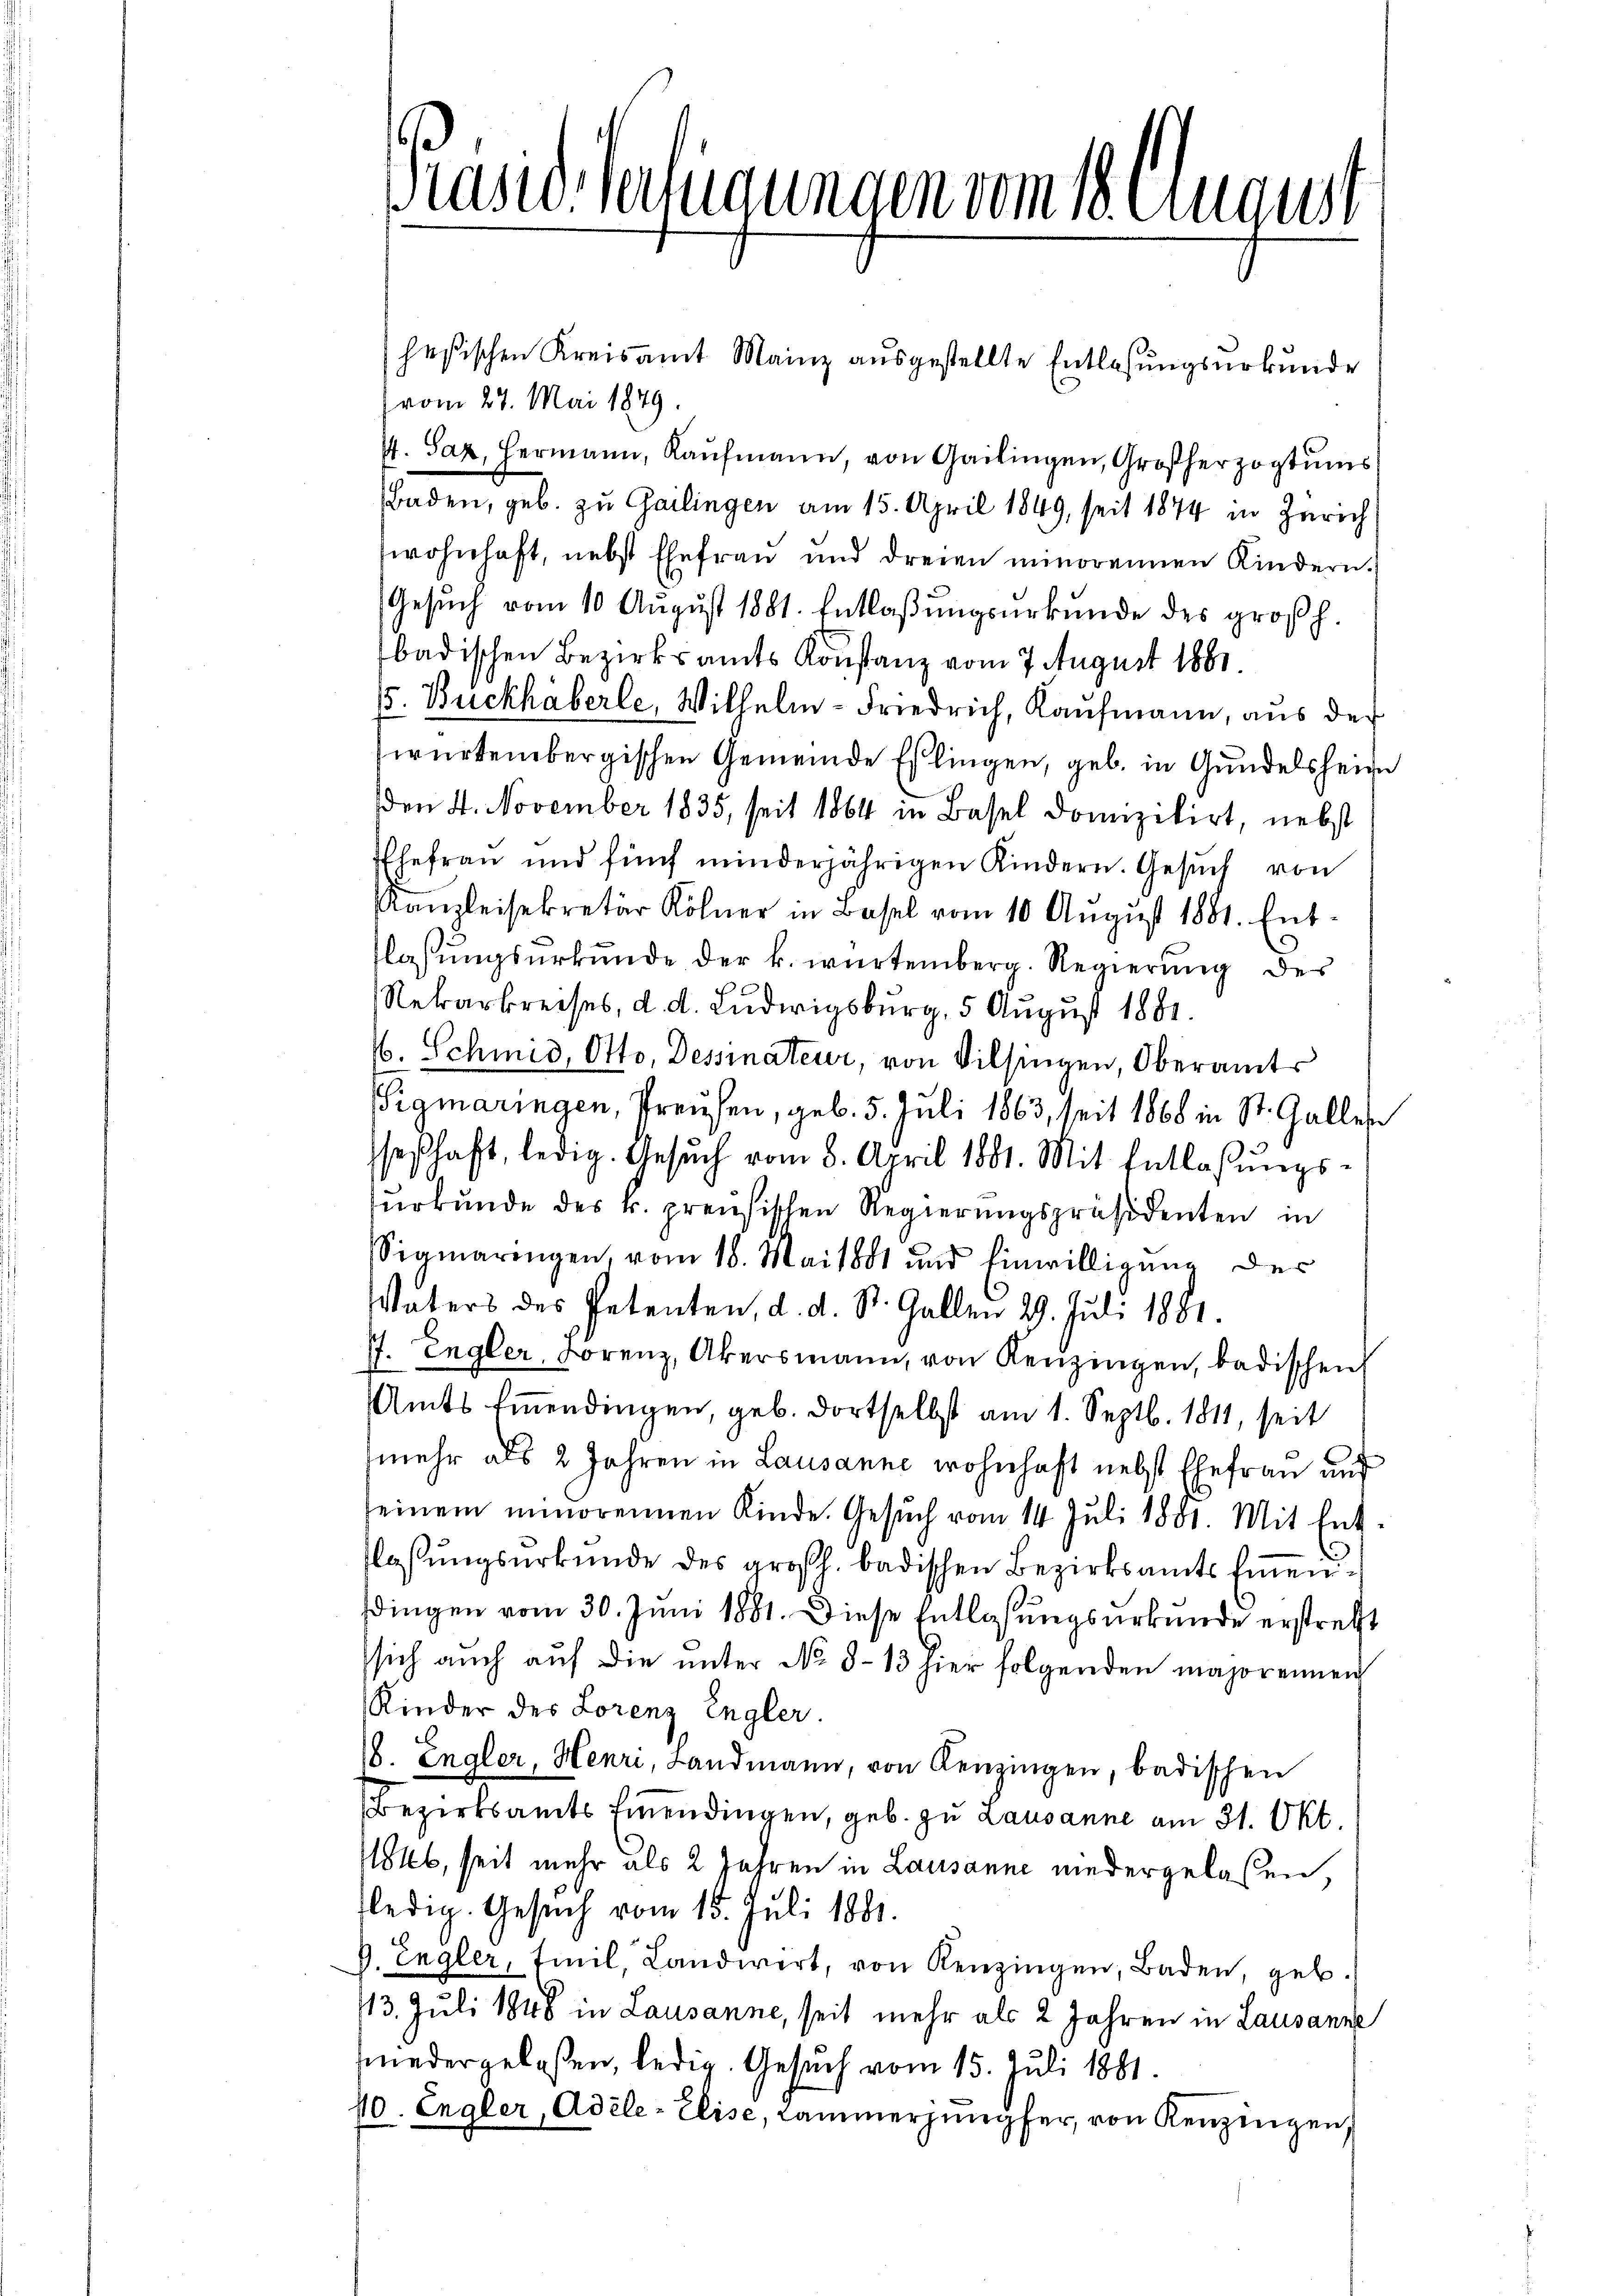
Präsid. Verfügungen vom 18. August

heßischen Kreisamt Mainz ausgestellte Entlassungsurkunde
vom 27. Mai 1879.
74. Sax, Hermann, Kaŭfmann, von Gailingen, Großherzogtums
Baden, geb. zu Gailingen am 15. April 1849, seit 1874 in Zürich
wohnhaft, nebst Ehefrau und dreien minorennen Kindern.
Gesŭch vom 10. Aŭgŭst 1881. Entlaßungsurkunde des großh.
badischen Bezirksamts Konstanz vom 7. August 1881
5. Buckhäberle, Wilhelm-Friedrich, Kaufmann, aus der
würtembergischen Gemeinde Eßlingen, geb. in Gundelsheim
den 4. November 1835, seit 1864 in Basel domizilirt, nebst
Ehefrau und fünf minderjährigen Kindern. Gesŭch von
Kanzleisekretär Kölner in Basel vom 10. Aŭgŭst 1881. Ent-
flassungsurkunde der k. würtemberg. Regierung des
Rekarkreises, d. d. Ludwigsburg, 5 August 1881.
6. Schmid, Otto. Dessinateur, von Vilsingen, Oberamts
igmaringen, Preusen, geb. 5. Juli 1863, seit 1868 in St. Galles
Geschaft, ledig. Gesŭch vom 8. April 1881. Mit Entlassŭngs-
surkunde des k. preußischen Regierungspräsidenten in
Sigmaringen, vom 18. Mai 1881 und Einwilligung der
Vaters des Petenten, d. d. St. Gallen 29. Juli 1881.
77. Engler, Lorenz, Akersmann, von Kenzingen, badischen
Amts Einendingen, geb. dortselbst am 1. Septb. 1811, seit
mehr als 2 Jahren in Lausanne wohnhaft nebst Ehefrau und
einem minorennen Kinde. Gesŭch vom 14. Juli 1881. Mit Ent-
flassungsurkunde des großh. badischen Bezirksamts Einendingen vom 30. Juni 1881. Diese Entlaßungsurkunde erstrett
sich auch aŭf die ŭnter No 8-13 hier folgenden majorennen
Kinder des Lorenz Engler.
8. Engler, Henri, Landmann, von Kenzingen, badischen
Bezirksamts Einendingen, geb. zu Lausanne am 31. Okt.
Wkb, seit mehr als 2 Jahren in Lausanne niedergelaßen,
fledig. Gesuch vom 15. Juli 1881.
P. Engler, Emil, Landwert, von Renzingen, Baden, geb.
13. Juli 1848 in Lausanne, seit mehr als 2 Jahren in Lausanne
niedergelaßen, ledig. Gesuch vom 15. Juli 1881.
10. Engler, Adele - Elise, Cammerjungfer, von Kenzingen,